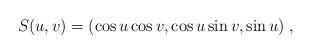
LaTeX: \begin{align*}S(u,v) = (\cos u \cos v, \cos u \sin v, \sin u) \; , \end{align*}